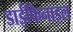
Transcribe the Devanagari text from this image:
डाईफिनाइल